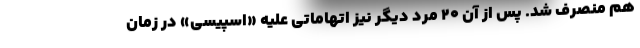
هم منصرف شد. پس از آن ۲۰ مرد دیگر نیز اتهاماتی علیه «اسپیسی» در زمان